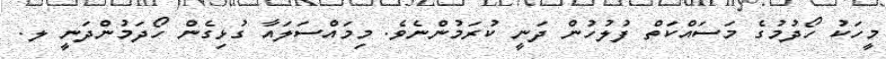
މީހަކު ހޯދުމުގެ މަސައްކަތް ފުލުހުން ދަނީ ކުރަމުންނެވެ. މިމައްސަލައާ ގުޅިގެން ހޯދަމުންދަނީ ލ.